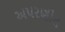
અપરણીત